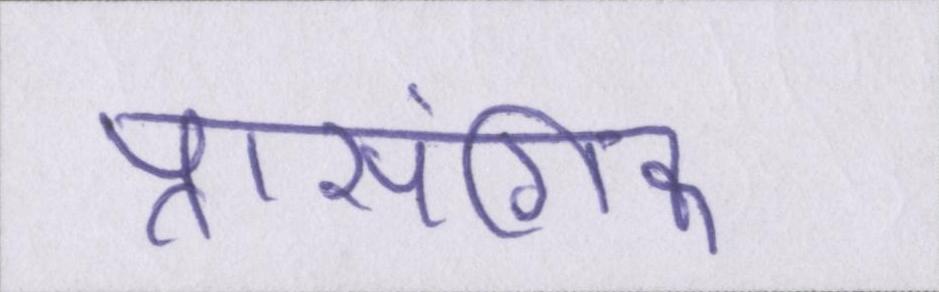
प्रासंगिक